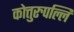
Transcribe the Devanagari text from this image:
कोत्तुरुपल्लि